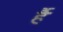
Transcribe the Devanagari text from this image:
र्है